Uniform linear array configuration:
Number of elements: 12
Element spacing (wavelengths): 1
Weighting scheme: cosine
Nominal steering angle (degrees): -30
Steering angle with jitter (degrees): -28.404
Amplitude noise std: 0.05
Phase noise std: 0.05

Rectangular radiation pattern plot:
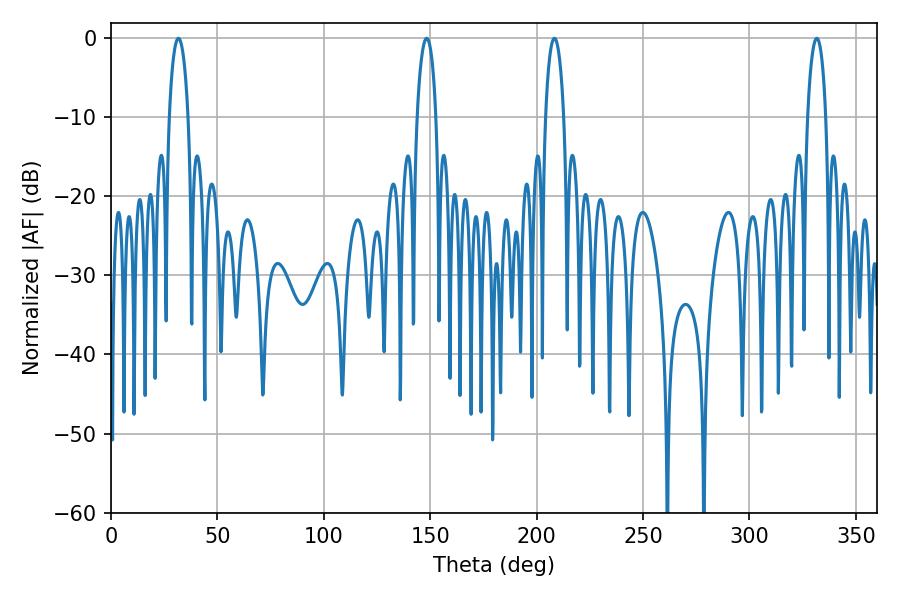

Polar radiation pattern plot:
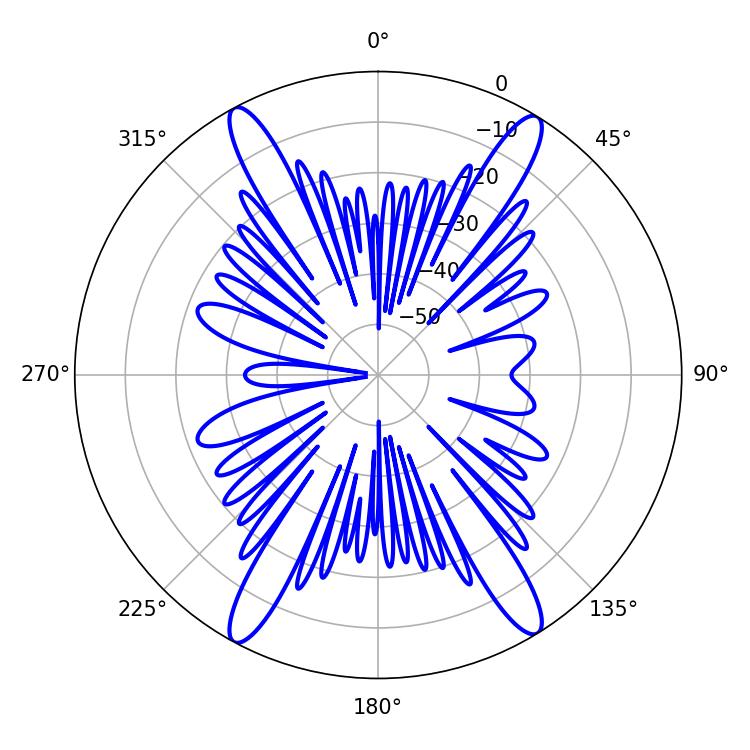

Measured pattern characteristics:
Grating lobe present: TRUE
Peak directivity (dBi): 22.248
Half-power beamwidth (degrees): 5.04
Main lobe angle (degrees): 31.68